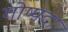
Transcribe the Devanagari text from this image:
गोष्पदा